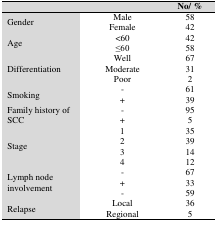
<table><thead><tr><td></td><td></td><td><b>No/ %</b></td></tr></thead><tbody><tr><td rowspan="2">Gender</td><td>Male</td><td>58</td></tr><tr><td>Female</td><td>42</td></tr><tr><td rowspan="2">Age</td><td>&lt;60</td><td>42</td></tr><tr><td>≤60</td><td>58</td></tr><tr><td rowspan="3">Differentiation</td><td>Well</td><td>67</td></tr><tr><td>Moderate</td><td>31</td></tr><tr><td>Poor</td><td>2</td></tr><tr><td rowspan="2">Smoking</td><td>-</td><td>61</td></tr><tr><td>+</td><td>39</td></tr><tr><td rowspan="2">Family history of SCC</td><td>-</td><td>95</td></tr><tr><td>+</td><td>5</td></tr><tr><td rowspan="4">Stage</td><td>1</td><td>35</td></tr><tr><td>2</td><td>39</td></tr><tr><td>3</td><td>14</td></tr><tr><td>4</td><td>12</td></tr><tr><td rowspan="3">Lymph node involvement</td><td>-</td><td>67</td></tr><tr><td>+</td><td>33</td></tr><tr><td>-</td><td>59</td></tr><tr><td rowspan="2">Relapse</td><td>Local</td><td>36</td></tr><tr><td>Regional</td><td>5</td></tr></tbody></table>